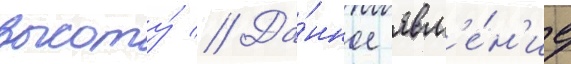
высоту́ // Да́нное явл'е́н'ие